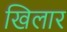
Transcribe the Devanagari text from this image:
खिलार